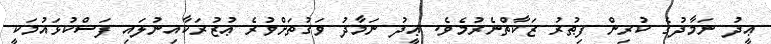
ޢީދު ނަމާދުގެ ކުރިން ފިޠުރު ޒަކާތްނެރުމެވެ. ޢީދު ނަމާދު ވަގުތަށްވުރެ ޢުޒުރަކާއިނުލައި ފަސްކުޅައުމަކީ